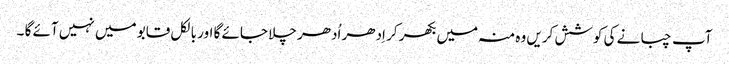
آپ چبانے کی کوشش کریں وہ منہ میں بکھر کر اِدھر اُدھر چلا جائے گا اور بالکل قابو میں نہیں آئے گا ۔